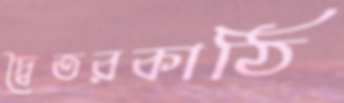
দ্বৈতরকাঠি